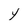
Character: y